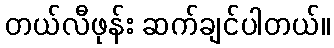
တယ်လီဖုန်း ဆက်ချင်ပါတယ်။